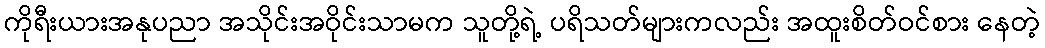
ကိုရီးယားအနုပညာ အသိုင်းအဝိုင်းသာမက သူတို့ရဲ့ ပရိသတ်များကလည်း အထူးစိတ်ဝင်စား နေတဲ့